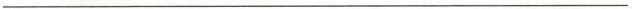
___